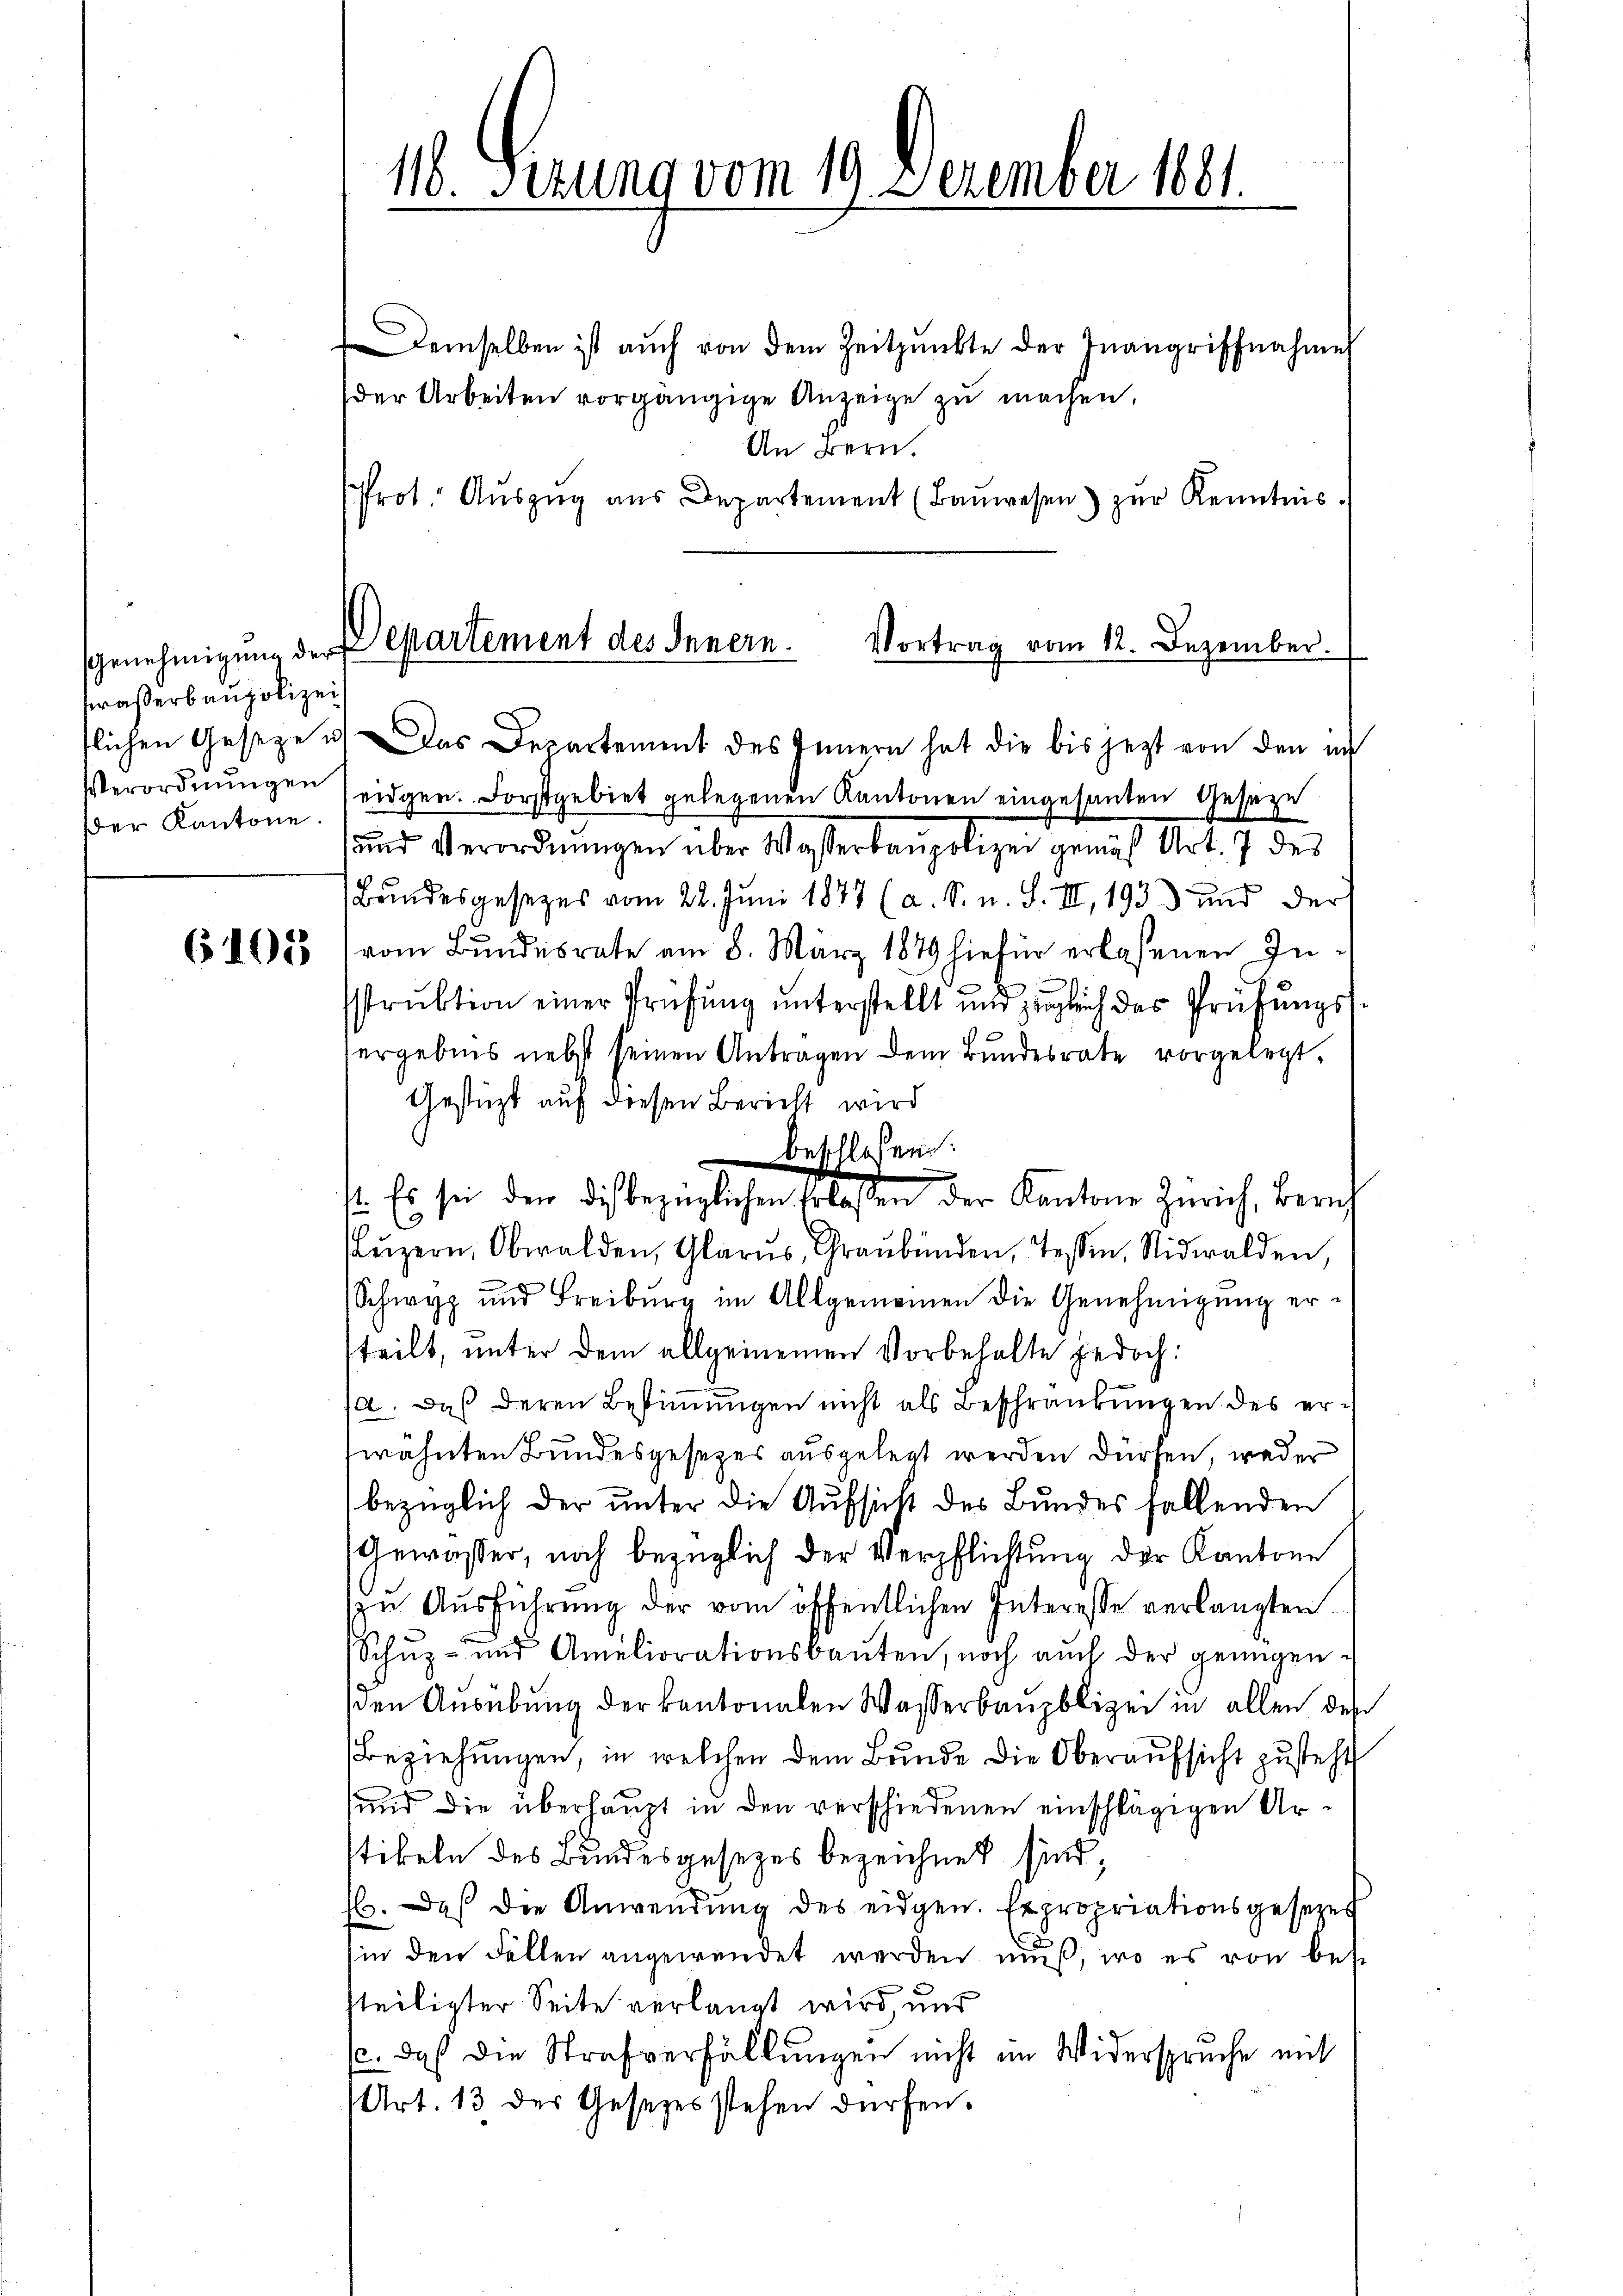
waßerbaupolizei
tlichen Geseze u
Verordnungen
Der Kantone.

6103

116. Serung vom 19. Dezember 1881.

demselben ist auch von dem Zeitpunkte der Inangriffnahme
der Arbeiten vorgängige Anzeige zu machen.
An Bern.
Prot. Auszug aus Departement (Bauwesen) zur Kenntnis.
3.) Das Departement des Innern hat die bis jezt von den in
eidgen. Forstgebiet gelegenen Kantonen eingesanten Geseze
und Verordnŭngen über Wasserbaupolizei gemäß Art. 7 des
Bundesgesetzes vom 22. Juni 1877 (a. S. n. F. III, 193 und der
vom Bundesrate am 8. März 1879 hiefür erlassenen Instruktion einer Prüfung unterstellt und zugleich des Prüfungsergebnis nebst seinen Antragen dem Bŭndesrate vorgelegt.
Gestützt auf diesen Bericht wird
beschlossen:
1. Es sei den dies bezüglichen Erlaßen der Kanton Zürich, Zürich
Lŭzern, Obwalden, Glarus, Graubünden, Tessin, Nidwalden,
Schwyz und Freiburg im Allgemeinen die Genehmigŭng er-
teilt, unter dem allgemeinen Vorbehalte jedoch:
a. Daß deren Bestimmungen nicht als Beschränkungen des erwähnten Bundesgesezes ausgelegt werden dürfen, weder
bezüglich der unter die Aufsicht des Bundes fallenden
Gewässer, noch bezüglich der Verpflichtung der Kantone
zŭ Aŭsführŭng der vom öffentlichen Interesse verlangten
Schŭz- und Ameliorationsbaŭten, noch aŭch der genügen-
den Ausübung der kantonalen Wasserbaupolizei in allen des
Beziehungen, in welchen dem Bunde die Oberaufsicht zusteht
und die überhaupt in den verschiedenen einschlägigen Artikeln des Bundesgesezes bezeichnet sind;
16. Daß die Anwendung des eidgen. Expropriationsgesezes
in den Fällen angewendet werden muß, wo es von bes
steiligter Seite verlangt wird, und
c. daß die Strafverfüllungen nicht ein Widerspruche mit
(Art. 13 des Gesetzes stehen dürfen.

genehmigŭng der Departement des Innern. Vortrag vom 12. Dezember.